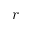
r